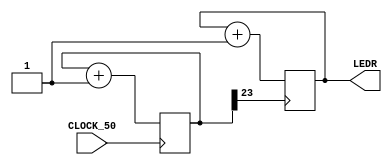
module binaryCounter (input CLOCK_50,output reg [17:0] LEDR);
reg [23:0] clk_div;
initial begin
LEDR <= 18'b0;
clk_div <= 24'b0;
end
always 
@(posedge CLOCK_50) begin
// divide 50 MHz clock by 2^24 (16 million)
clk_div <= clk_div+24'b1;
end
always @(posedge clk_div[23]) begin
LEDR <= LEDR + 18'b1;
end
endmodule